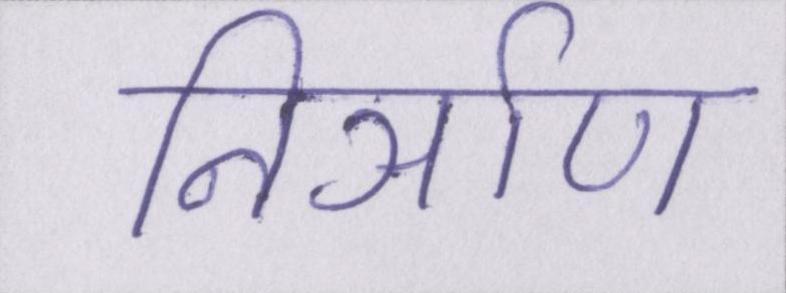
निर्ञाण